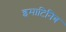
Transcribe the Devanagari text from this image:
इमाटिनिब